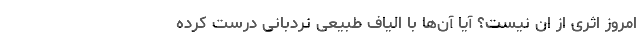
امروز اثری از ان نیست؟ آیا آن‌ها با الیاف طبیعی نردبانی درست کرده